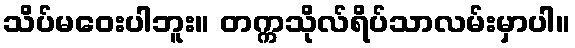
သိပ်မဝေးပါဘူး။ တက္ကသိုလ်ရိပ်သာလမ်းမှာပါ။